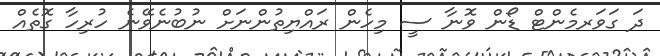
ދަ ގަވަރމެންޓް ޑޯން ވޮނާ ސީ މިހެން ރައްޔިތުންނަށް ނުބުނެވޭނެ ހުރިހާ ގޮތެއް